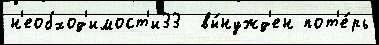
н'еобход'имост'и33  вы́нужд'ен пот'е́рь